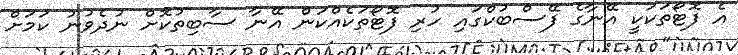
އެ ފޮޓޯތަކަކީ އޭނާގެ ފޭސްބުކްގައި ހުރި ފޮޓޯތަކެއްކަން އޭނާ ސާބިތުކޮށް ނުދެވުނު ކަމަށް